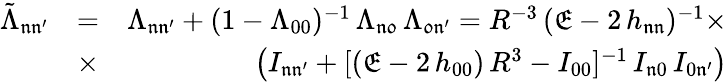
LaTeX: \begin{array}{rlr}{\tilde{\Lambda}_{\mathfrak{n}\mathfrak{n^{\prime}}}}&{=}&{\Lambda_{\mathfrak{n}\mathfrak{n^{\prime}}}+(1-\Lambda_{00})^{-1}\, \Lambda_{\mathfrak{n}\mathfrak{0}}\, \Lambda_{\mathfrak{0}\mathfrak{n^{\prime}}}=R^{-3}\, (\mathfrak{E}-2\, h_{\mathfrak{n}\mathfrak{n}})^{-1}\times}\\ &{\times}&{\, \big(I_{\mathfrak{n}\mathfrak{n^{\prime}}}+[(\mathfrak{E}-2\, h_{00})\, R^{3}-I_{00}]^{-1}\, I_{\mathfrak{n}0}\, I_{0\mathfrak{n^{\prime}}}\big)}\end{array}